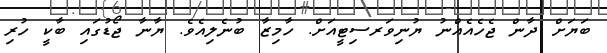
ބަޔަށް ދާން ޖެހެއެއްނު ޔުނިވަރސިޓީއަށް. ހާމިޒާ ބުނެލިއެވެ. ޔާނާ ޖޯޑުގައި ބާކީ ހުރި